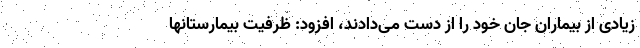
زیادی از بیماران جان خود را از دست می‌دادند، افزود: ظرفیت بیمارستانها